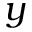
y